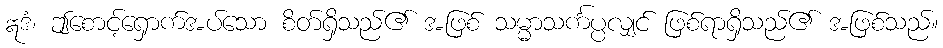
ဣဒံ၊ ဤစောင့်ရှောက်အပ်သော စိတ်ရှိသည်၏ အဖြစ် သမ္မာသင်္ကပ္ပလျှင် ဖြစ်ရာရှိသည်၏ အဖြစ်သည်။